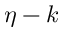
\eta - k